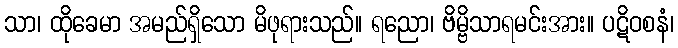
သာ၊ ထိုခေမာ အမည်ရှိသော မိဖုရားသည်။ ရညော၊ ဗိမ္ဗိသာရမင်းအား။ ပဋိဝစနံ၊